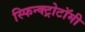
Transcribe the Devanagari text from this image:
स्फिन्क्ट्रोटॉमी